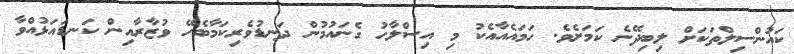
ކައުންސިލްތަކަށް ލިބިދޭނެ ކަމަށެވެ. ހަމައެއާއެކު މި އިސްލާހު ގެނައުމުން ދަނޑުވެރިކަމާބެހޭ ވުޒާރާއިން ކަނޑައަޅުއްވާ